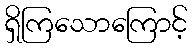
ရှိကြသောကြောင့်